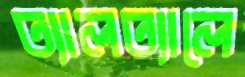
ত্যালত্যালে